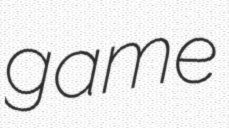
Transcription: game